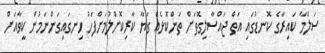
ސަލްމާ ކައިރާގެ ކޮނޑުގައި އަތް ޖައްސާލިގޮތަށް ތަންކޮޅެއް ގަޔާ ކާރިކޮށްލުމަށްފަހު ހިނގައިގަންނަމުން ކީވާއަށް